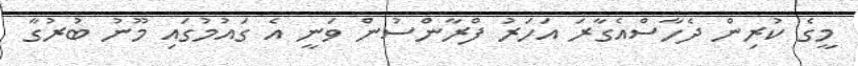
މީގެ ކުރިން ދެހާސްއެގާރަ އަހަރު ފްރާންސުން ވަނީ އެ ގައުމުގައި މޫނު ބުރުގާ